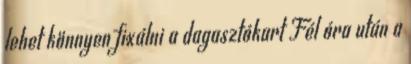
lehet könnyen fixálni a dagasztókart Fél óra után a